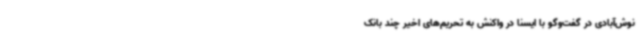
نوش‌آبادی در گفت‌وگو با ایسنا در واکنش به تحریم‌های اخیر چند بانک